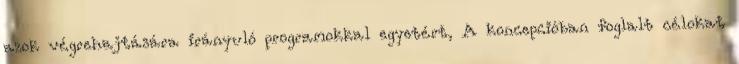
azok végrehajtására irányuló programokkal egyetért, A koncepcióban foglalt célokat